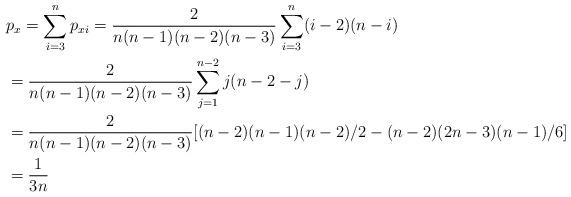
LaTeX: \begin{align*}&p_x=\sum_{i=3}^np_{xi}=\frac{2}{n(n-1)(n-2)(n-3)}\sum_{i=3}^n(i-2)(n-i)\\&=\frac{2}{n(n-1)(n-2)(n-3)}\sum_{j=1}^{n-2}j(n-2-j)\\&=\frac{2}{n(n-1)(n-2)(n-3)}[(n-2)(n-1)(n-2)/2-(n-2)(2n-3)(n-1)/6]\\&=\frac{1}{3n}\end{align*}